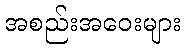
အစည်းအဝေးများ